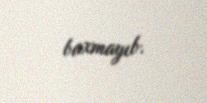
baxmayıb.